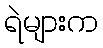
ရဲများက